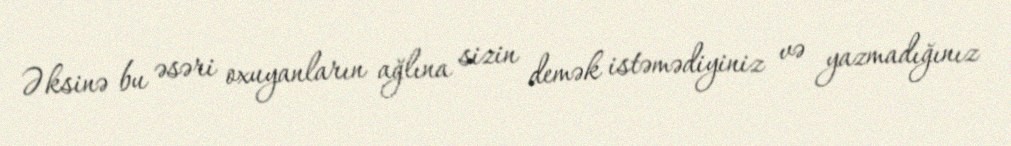
Əksinə bu əsəri oxuyanların ağlına sizin demək istəmədiyiniz və yazmadığınız